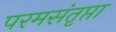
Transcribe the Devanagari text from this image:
परमसंतृप्ता